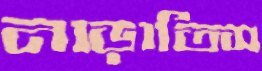
নাড়াতিস